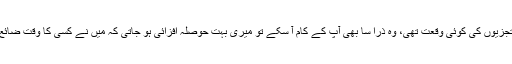
تو کوئی حرج نہیں میں بالکل بھی ملول نہ ہوتی یا کوئی کہہ دیتا کہ ان لفظوں، حرفوں، تبصروں، تجزیوں کی کوئی وقعت تھی، وہ ذرا سا بھی آپ کے کام آ سکے تو میری بہت حوصلہ افزائی ہو جاتی کہ میں نے کسی کا وقت ضائع نہیں کیا اور وہ کسی درجہ میں بھی کہیں نافع ثابت ہو گئے تو سمجھیے کہ محنت وصول ہو گئی۔